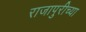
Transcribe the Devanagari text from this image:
राजापुरीच्या